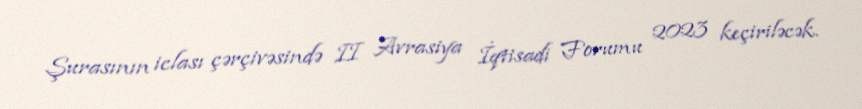
Şurasının iclası çərçivəsində II Avrasiya İqtisadi Forumu 2023 keçiriləcək.